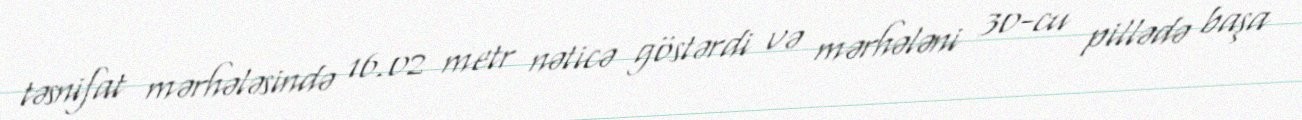
təsnifat mərhələsində 16.02 metr nəticə göstərdi və mərhələni 30-cu pillədə başa